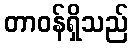
တာဝန်ရှိသည်